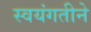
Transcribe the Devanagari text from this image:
स्वयंगतीने